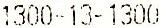
1300-13-1300